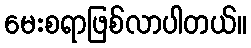
မေးစရာဖြစ်လာပါတယ်။